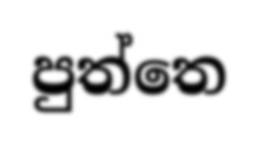
පුත්තෙ